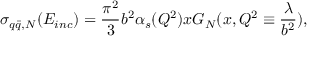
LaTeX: \sigma _ { q \bar { q } , N } ( E _ { i n c } ) = { \frac { \pi ^ { 2 } } { 3 } } b ^ { 2 } \alpha _ { s } ( Q ^ { 2 } ) x G _ { N } ( x , Q ^ { 2 } \equiv { \frac { \lambda } { b ^ { 2 } } } ) ,